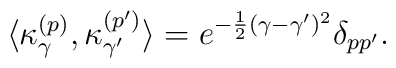
\langle \kappa^{(p)}_{\gamma},\kappa^{(p')}_{\gamma'}\rangle=e^{-{1 \over 2}(\gamma -\gamma')^2} \delta_{p p' }.